Vaccination in Bombay 1869-1873 - 1869-1873
Year: 1869
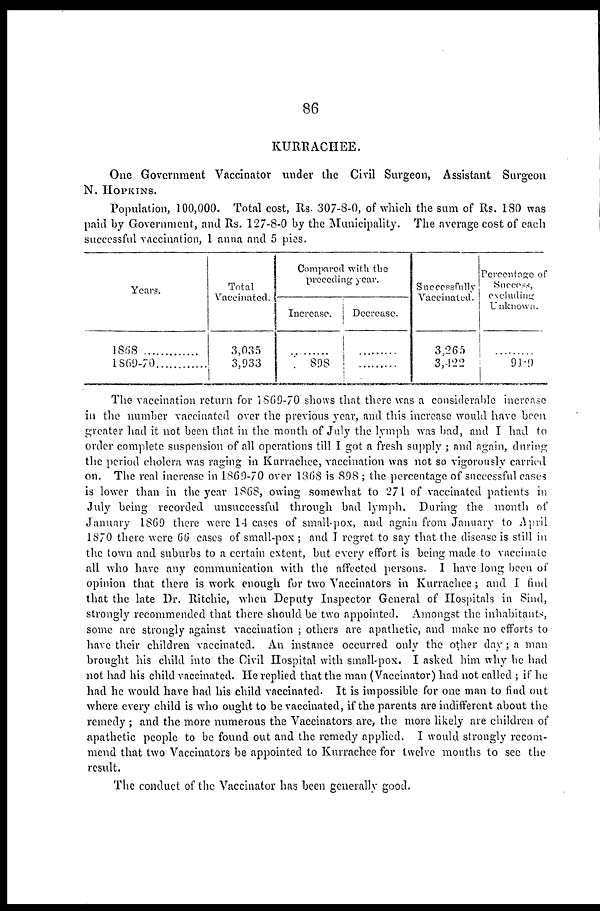
86
KURRACHEE.
One Government Vaccinator under the Civil Surgeon, Assistant Surgeon
N. HOPKINS.
Population, 100,000. Total cost, Rs. 307-8-0, of which the sum of Rs. 180 was
paid by Government, and Rs. 127-8-0 by the Municipality. The average cost of each
successful vaccination, 1 anna and 5 pies.
Years.
1868............
1869-70............
Total
Vaccinated.
3,035
3,933
Compared with the
preceding year.
Increase.
.........
898
Decrease.
.........
.........
Successfully
Vaccinated.
3,265
3,422
Percentage of
Success,
excluding
Unknown.
.........
91.9
The vaccination return for 1869-70 shows that there was a considerable increase
in the number vaccinated over the previous year, and this increase would have been
greater had it not been that in the month of July the lymph was bad, and I had to
order complete suspension of all operations till I got a fresh supply ; and again, during
the period cholera was raging in Kurrachee, vaccination was not so vigorously carried
on. The real increase in 1869-70 over 1868 is 898 ; the percentage of successful cases
is lower than in the year 1868, owing somewhat to 271 of vaccinated patients in
July being recorded unsuccessful through bad lymph. During the month of
January 1869 there were 14 cases of small-pox, and again from January to April
1870 there were 66 cases of small-pox ; and I regret to say that the disease is still in
the town and suburbs to a certain extent, but every effort is being made to vaccinate
all who have any communication with the affected persons. I have long been of
opinion that there is work enough for two Vaccinators in Kurrachee ; and I find
that the late Dr. Ritchie, when Deputy Inspector General of Hospitals in Sind,
strongly recommended that there should be two appointed. Amongst the inhabitants,
some are strongly against vaccination ; others are apathetic, and make no efforts to
have their children vaccinated. An instance occurred only the other day ; a man
brought his child into the Civil Hospital with small-pox. I asked him why he had
not had his child vaccinated. He replied that the man (Vaccinator) had not called ; if he
had he would have had his child vaccinated. It is impossible for one man to find out
where every child is who ought to be vaccinated, if the parents are indifferent about the
remedy ; and the more numerous the Vaccinators are, the more likely are children of
apathetic people to be found out and the remedy applied. I would strongly recom-
mend that two Vaccinators be appointed to Kurrachee for twelve months to sec the
result.
The conduct of the Vaccinator has been generally good.